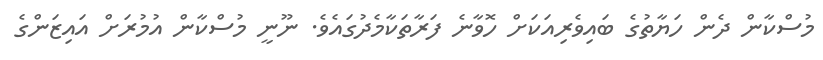
މުސްކާން ދެން ހަޔާތުގެ ބައިވެރިއަކަށް ހޮވާނެ ފަރާތަކާމެދުގައެވެ. ނޫނީ މުސްކާން އުމުރަށް އައިޒަންގެ